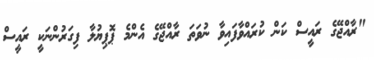
"ރާއްޖޭގެ ރައީސް ކަން ކުރައްވާފައިވާ ނުވަތަ ރާއްޖޭގެ އެންމެ ޕޮޕިޔުލާ ފިގަރުންނަކީ ރައީސް